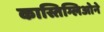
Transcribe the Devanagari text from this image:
कास्तिग्लिओने